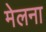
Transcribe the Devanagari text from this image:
मेलना